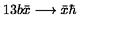
1 3 b \bar { x } \longrightarrow \bar { x } \hbar